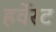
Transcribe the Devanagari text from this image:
हर्वेस्ट